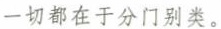
一切都在于分门别类。